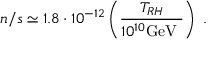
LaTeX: n / s \simeq 1 . 8 \cdot 1 0 ^ { - 1 2 } \left( \frac { T _ { R H } } { 1 0 ^ { 1 0 } \mathrm { G e V ~ } } \right) ~ .